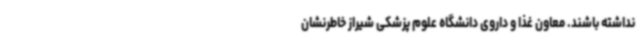
نداشته باشند. معاون غذا و داروی دانشگاه علوم پزشکی شیراز خاطرنشان